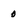
Character: 0